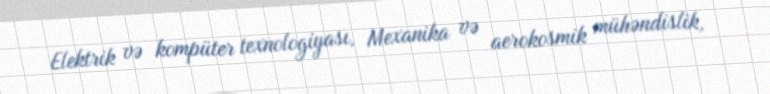
Elektrik və kompüter texnologiyası, Mexanika və aerokosmik mühəndislik,